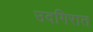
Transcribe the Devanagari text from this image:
उदगिरात